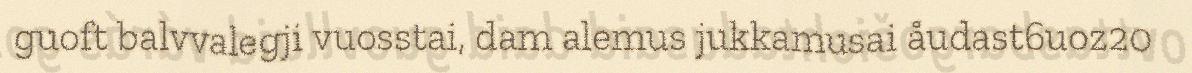
guoft balvvalegji vuosstai, dam alemus jukkamusai åudast6uoz20